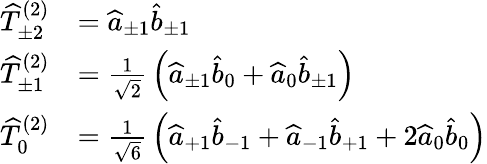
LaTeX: {\begin{array}{rl}{{\widehat{T}}_{\pm 2}^{(2)}}&{={\widehat{a}}_{\pm 1}{\widehat{b}}_{\pm 1}}\\ {{\widehat{T}}_{\pm 1}^{(2)}}&{={\frac{1}{\sqrt{2}}}\left({\widehat{a}}_{\pm 1}{\widehat{b}}_{0}+{\widehat{a}}_{0}{\widehat{b}}_{\pm 1}\right)}\\ {{\widehat{T}}_{0}^{(2)}}&{={\frac{1}{\sqrt{6}}}\left({\widehat{a}}_{+1}{\widehat{b}}_{-1}+{\widehat{a}}_{-1}{\widehat{b}}_{+1}+2{\widehat{a}}_{0}{\widehat{b}}_{0}\right)}\end{array}}